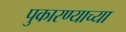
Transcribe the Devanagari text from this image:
पुकारण्याच्या